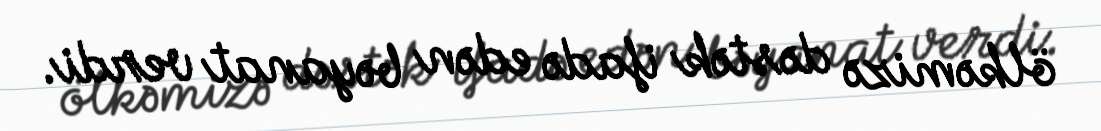
ölkəmizə dəstək ifadə edən bəyanat verdi.